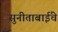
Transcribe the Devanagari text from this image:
सुनीताबाईंचे